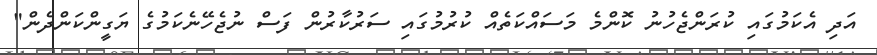
އަދި އެކަމުގައި ކުރަންޖެހުނު ކޮންމެ މަސައްކަތެއް ކުރުމުގައި ސަރުކާރުން ފަސް ނުޖެހޭނެކަމުގެ ޔަގީންކަންދެން"